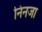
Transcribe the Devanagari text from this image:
निनजा